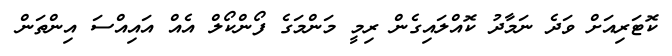
ކޮޓަރިއަށް ވަދެ ނަމާދު ކޮއްލައިގެން ރިމީ މަންމަގެ ފޯންކޯލް އެއް އައިއްސަ އިންތަން